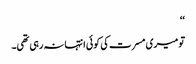
‘‘
تو میری مسرت کی کوئی انتہا نہ رہی تھی۔